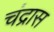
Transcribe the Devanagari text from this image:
चंद्रास